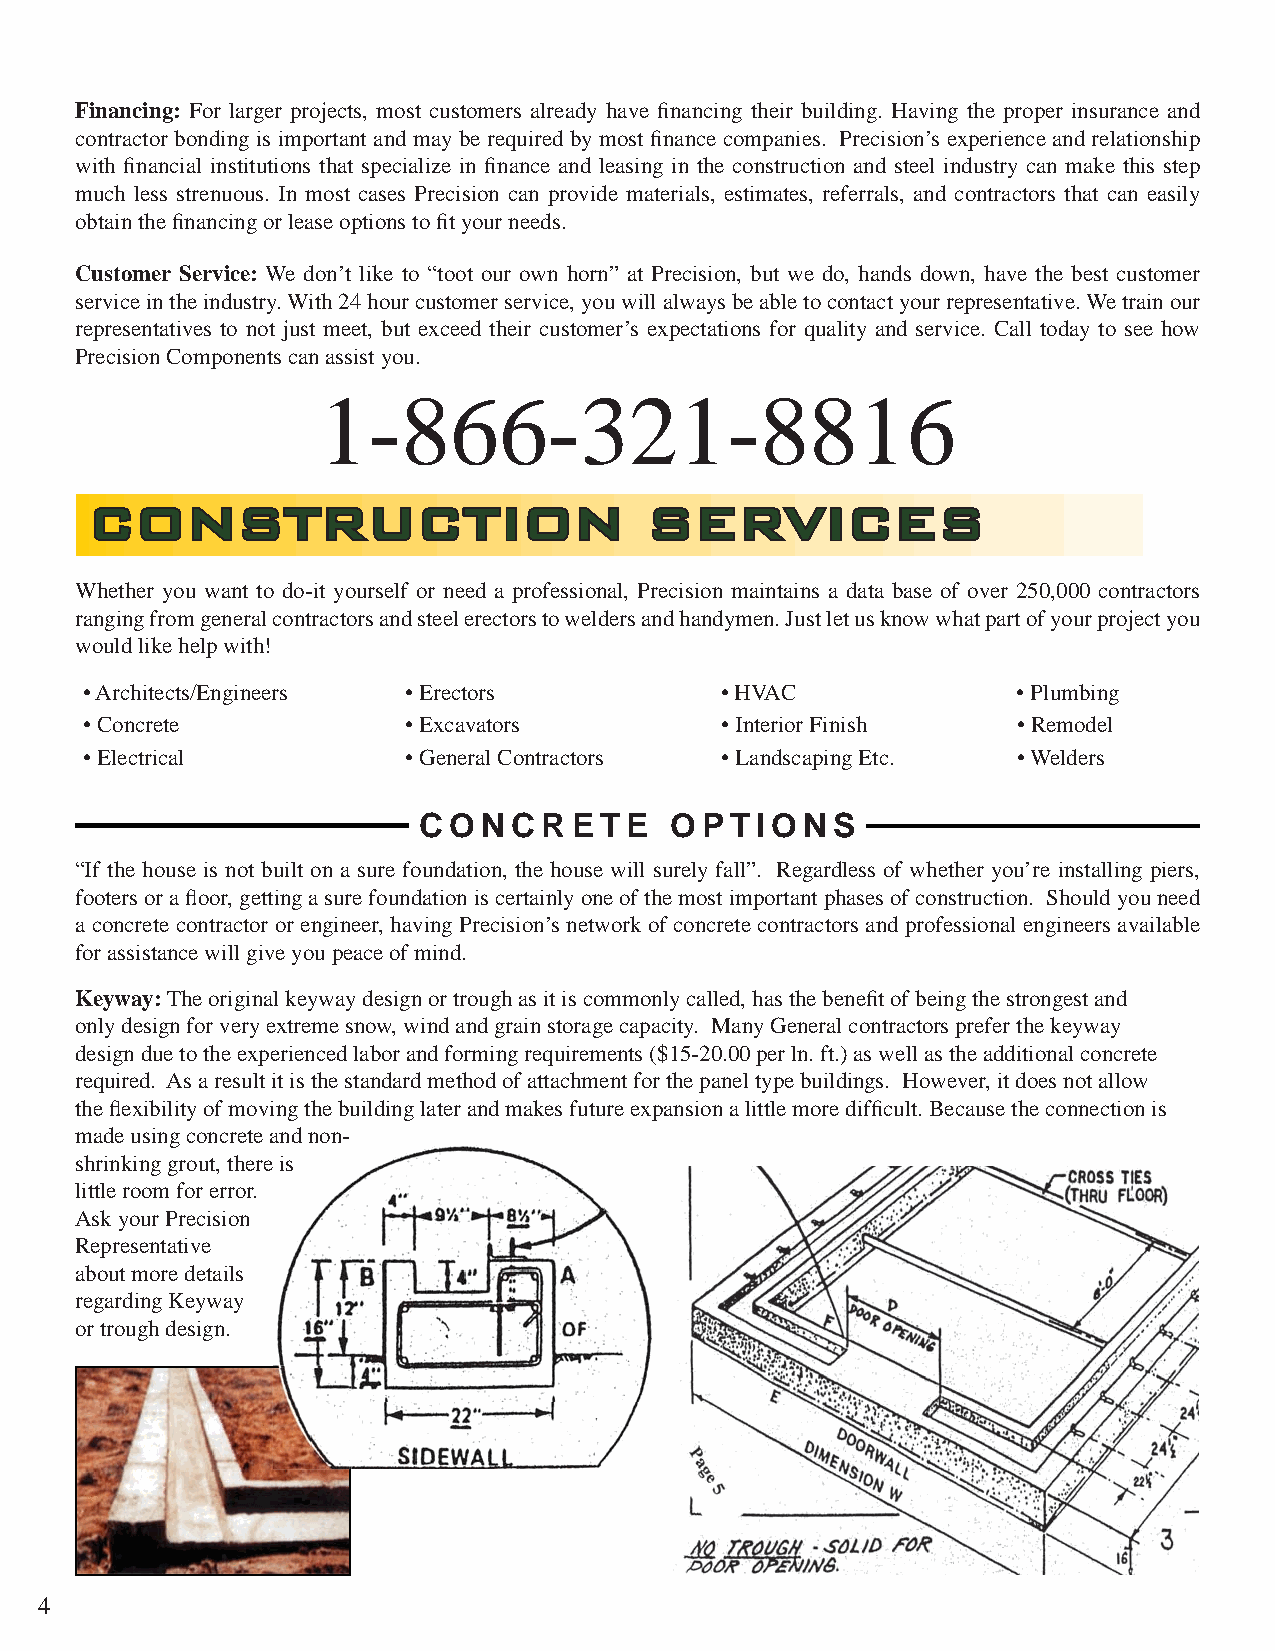
Financing: For larger projects, most customers already have fi nancing their building. Having the proper insurance and
 contractor bonding is important and may be required by most fi nance companies. Precision’s experience and relationship
 with fi nancial institutions that specialize in fi nance and leasing in the construction and steel industry can make this step
 much less strenuous. In most cases Precision can provide materials, estimates, referrals, and contractors that can easily
 obtain the fi nancing or lease options to fi t your needs.
 Customer Service: We don’t like to “toot our own horn” at Precision, but we do, hands down, have the best customer
 service in the industry. With 24 hour customer service, you will always be able to contact your representative. We train our
 representatives to not just meet, but exceed their customer’s expectations for quality and service. Call today to see how
 Precision Components can assist you.
 1-866-321-8816
 CCOONNSSTTRRUUCCTTIIOONN             SSEERRVVIICCEESS
 Whether you want to do-it yourself or need a professional, Precision maintains a data base of over 250,000 contractors
 ranging from general contractors and steel erectors to welders and handymen. Just let us know what part of your project you
 would like help with!
 • Architects/Engineers • Erectors         • HVAC             • Plumbing
 • Concrete           • Excavators         • Interior Finish  • Remodel
 • Electrical         • General Contractors • Landscaping Etc. • Welders
 CONCRETE        OPTIONS
 “If the house is not built on a sure foundation, the house will surely fall”. Regardless of whether you’re installing piers,
 footers or a fl oor, getting a sure foundation is certainly one of the most important phases of construction. Should you need
 a concrete contractor or engineer, having Precision’s network of concrete contractors and professional engineers available
 for assistance will give you peace of mind.
 Keyway: The original keyway design or trough as it is commonly called, has the benefi t of being the strongest and
 only design for very extreme snow, wind and grain storage capacity. Many General contractors prefer the keyway
 design due to the experienced labor and forming requirements ($15-20.00 per ln. ft.) as well as the additional concrete
 required. As a result it is the standard method of attachment for the panel type buildings. However, it does not allow
 the fl exibility of moving the building later and makes future expansion a little more diffi cult. Because the connection is
 made using concrete and non-
 shrinking grout, there is
 little room for error.
 Ask your Precision
 Representative
 about more details
 regarding Keyway
 or trough design.
 4